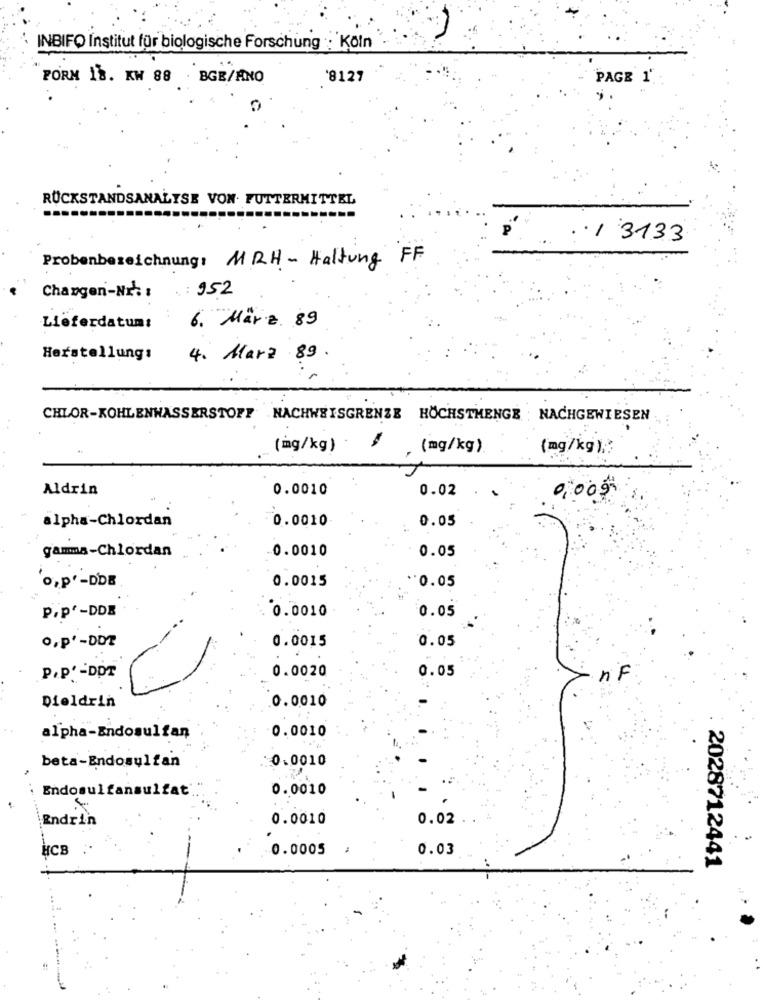
INBIFO Institut für biologische Forschung : Köln
FORM 18. KW 88 BGB/ANO
'8127
PAGE 1'
RÜCKSTANDSANALYSE VON FUTTERMITTEL
. / 3133
Probenbezeichnung: MRH-Haltung FF
: 952
Changen-Nr': :
Lieferdatum:
6. März. 89
Herstellung:
4. Marz 89 .
CHLOR-KOHLENWASSERSTOFF NACHWEISGRENZE HÖCHSTHENGE : NACHGEWIESEN
(mg/kg)
(mg/kg)
(mg/kg) ;?
Aldrin
0.0010
0.02
0.0010
0.05
alpha-Chlordan
gamma-Chlordan
0.0010
0.05
0.0015
., p'-DDE
.0.05
0.0010
P.P'-DDE
0.05
0.0015
0.05
0,P'-DDE
0.0020
0.05
P.P. - DOT
RF
Dieldrin
0.0010
0.0010
alpha-Endosulfan
beta-Endosulfan
0.0010
Endosulfansulfat
0.0010
Endrin
0.0010
0.02
HCB :.
0.0005
0.03
2028712441